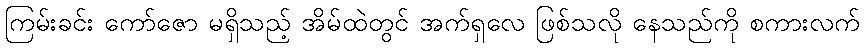
ကြမ်းခင်း ကော်ဇော မရှိသည့် အိမ်ထဲတွင် အက်ရှလေ ဖြစ်သလို နေသည်ကို စကားလက်